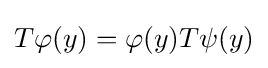
T\varphi (y)=\varphi (y)T\psi (y)